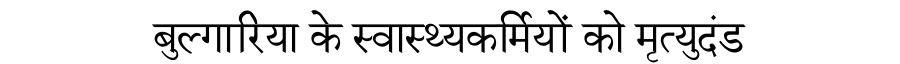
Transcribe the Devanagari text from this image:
बुल्गारिया के स्वास्थ्यकर्मियों को मृत्युदंड